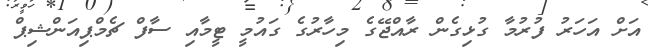
އަށް އަހަރު ފުރުމާ ގުޅިގެން ރާއްޖޭގެ މިހާރުގެ ގައުމީ ޓީމާއި ސާފް ޗެމްޕިއަންޝިޕް